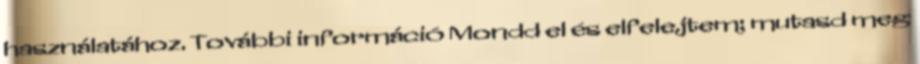
használatához. További információ Mondd el és elfelejtem; mutasd meg